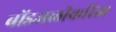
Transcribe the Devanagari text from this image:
बोंडअळीकरिता